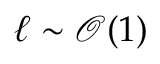
\ell \sim \mathcal { O } ( 1 )